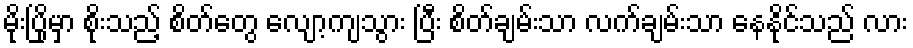
မိုးပြိုမှာ စိုးသည့် စိတ်တွေ လျော့ကျသွား ပြီး စိတ်ချမ်းသာ လက်ချမ်းသာ နေနိုင်သည် လား